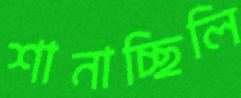
শানাচ্ছিলি